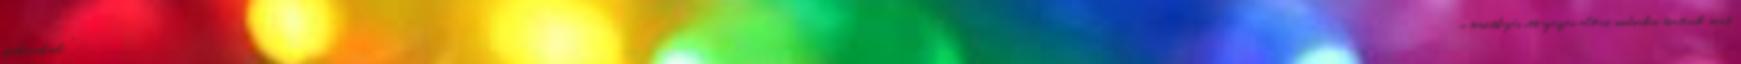
szokásaikról: ".a temetkezés itt egészen eltérő modorban történik, mint